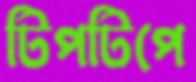
টিপটিপে